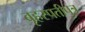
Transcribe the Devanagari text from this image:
बृहस्पतीपुत्र